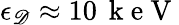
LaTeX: \epsilon_{\mathscr{D}}\approx10\, \mathrm{{~k~e~V~}}